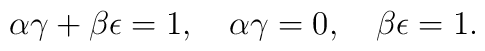
\alpha \gamma + \beta \epsilon = 1, \quad \alpha \gamma =0, \quad\beta \epsilon =1.